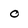
Character: O